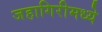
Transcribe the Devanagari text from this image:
जहागिरीमध्‍ये